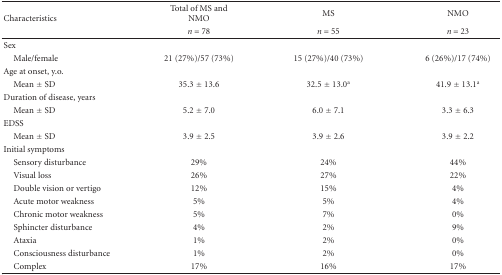
| <ROWSPAN=2> Characteristics | Total of MS and NMO | MS | NMO |
 | n = 78 | n = 55 | n = 23 |
 | --- | --- | --- | --- |
 | Sex |  |  |  |
 | Male/female | 21 (27%)/57 (73%) | 15 (27%)/40 (73%) | 6 (26%)/17 (74%) |
 | Age at onset, y.o. |  |  |  |
 | Mean ± SD | 35.3 ± 13.6 | 32.5 ± 13.0a | 41.9 ± 13.1a |
 | Duration of disease, years |  |  |  |
 | Mean ± SD | 5.2 ± 7.0 | 6.0 ± 7.1 | 3.3 ± 6.3 |
 | EDSS |  |  |  |
 | Mean ± SD | 3.9 ± 2.5 | 3.9 ± 2.6 | 3.9 ± 2.2 |
 | Initial symptoms |  |  |  |
 | Sensory disturbance | 29% | 24% | 44% |
 | Visual loss | 26% | 27% | 22% |
 | Double vision or vertigo | 12% | 15% | 4% |
 | Acute motor weakness | 5% | 5% | 4% |
 | Chronic motor weakness | 5% | 7% | 0% |
 | Sphincter disturbance | 4% | 2% | 9% |
 | Ataxia | 1% | 2% | 0% |
 | Consciousness disturbance | 1% | 2% | 0% |
 | Complex | 17% | 16% | 17% |